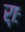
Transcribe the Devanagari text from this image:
र्‍ाः